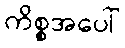
ကိစ္စအပေါ်